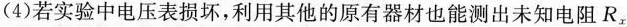
(4)若实验中电压表损坏，利用其他的原有器材也能测出未知电阻R_{x}